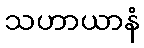
သဟာယာနံ